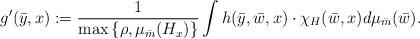
LaTeX: \begin{gather*}g'(\bar{y}, x) := \frac{1}{\max \left\{ \rho, \mu_{\bar{m}}(H_x) \right\}} \int h(\bar{y},\bar{w},x) \cdot \chi_{H}(\bar{w},x) d\mu_{\bar{m}}(\bar{w}).\end{gather*}